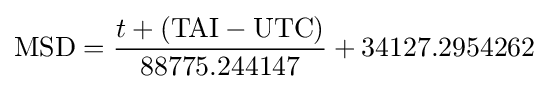
\mathrm {MSD} ={\frac {t+(\mathrm {TAI} -\mathrm {UTC} )}{88775.244147}}+34127.2954262